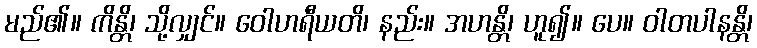
မည်၏။ ကိန္တိ၊ သို့လျှင်။ ဝေါဟရီယတိ၊ နည်း။ အဟန္တိ၊ ဟူ၍။ ပေ။ ဝါတပါနန္တိ၊